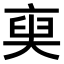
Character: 𠅲